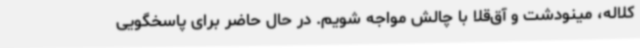
کلاله، مینودشت و آق‌قلا با چالش مواجه شویم. در حال حاضر برای پاسخگویی